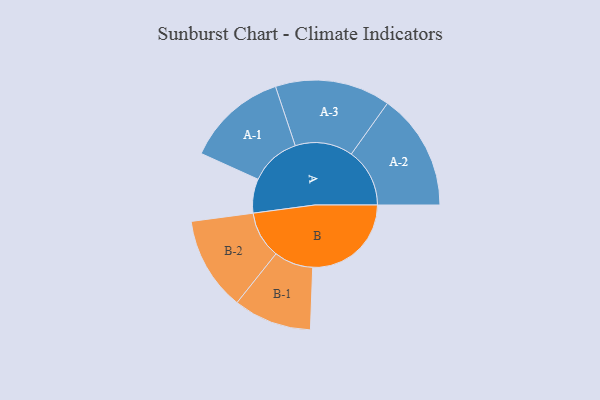
{"axis": {"x": "Segment", "y": "Value"}, "legend": ["", "A", "B"], "data": [{"x": "A", "y": 152, "type": ""}, {"x": "B", "y": 439, "type": ""}, {"x": "A-1", "y": 225, "type": "A"}, {"x": "A-2", "y": 260, "type": "A"}, {"x": "A-3", "y": 257, "type": "A"}, {"x": "B-1", "y": 174, "type": "B"}, {"x": "B-2", "y": 209, "type": "B"}]}